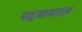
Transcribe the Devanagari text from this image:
स्ट्रकचरल